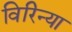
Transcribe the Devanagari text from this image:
विरिन्या